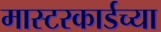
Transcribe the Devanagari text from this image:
मास्टरकार्डच्या